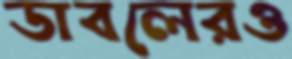
ডাবলেরও